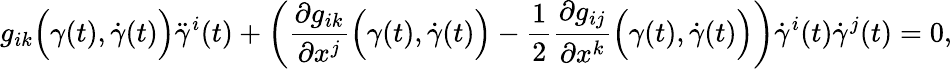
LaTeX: g_{ik}{\Big(}\gamma(t),{\dot{\gamma}}(t){\Big)}{\ddot{\gamma}}^{i}(t)+\left({\frac{\partial g_{ik}}{\partial x^{j}}}{\Big(}\gamma(t),{\dot{\gamma}}(t){\Big)}-{\frac{1}{2}}{\frac{\partial g_{ij}}{\partial x^{k}}}{\Big(}\gamma(t),{\dot{\gamma}}(t){\Big)}\right){\dot{\gamma}}^{i}(t){\dot{\gamma}}^{j}(t)=0,